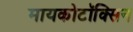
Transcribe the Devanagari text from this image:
मायकोटॉक्सिन